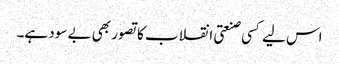
اس لیے کسی صنعتی انقلاب کا تصور بھی بے سود ہے۔